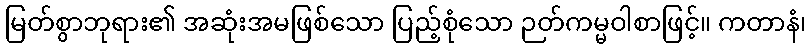
မြတ်စွာဘုရား၏ အဆုံးအမဖြစ်သော ပြည့်စုံသော ဉတ်ကမ္မဝါစာဖြင့်။ ကတာနံ၊